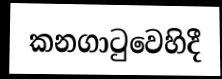
කනගාටුවෙහිදී